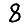
Digit: 8